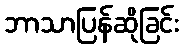
ဘာသာပြန်ဆိုခြင်း